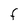
Character: F